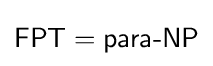
{\textsf {FPT}}={\textsf {para-NP}}